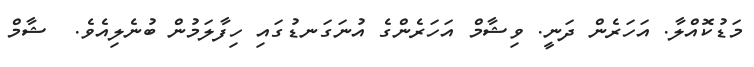
މަޑުކޮއްލާ. އަހަރެން ދަނީ. ވިޝާމް އަހަރެންގެ އުނަގަނޑުގައި ހިފާލަމުން ބުނެލިއެވެ.  ޝާމް